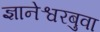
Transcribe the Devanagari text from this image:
ज्ञानेश्वरबुवा